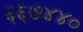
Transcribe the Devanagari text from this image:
६६७४४०